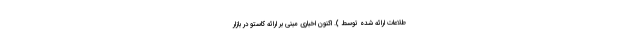
طلاعات ارائه شده توسط ). اکنون اخباری مبنی بر ارائه کاستو در بازار